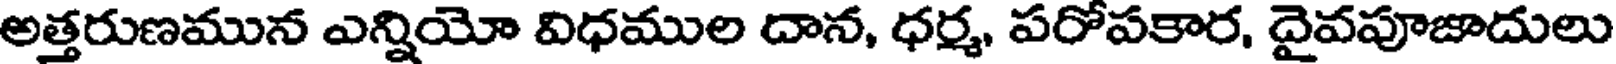
అత్తరుణమున ఎన్నియో విధముల దాన, ధర్మ, పరోపకార, దైవపూజాదులు